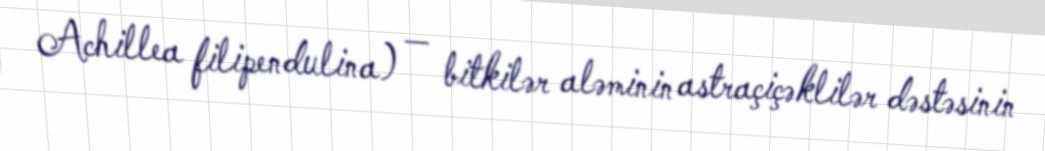
Achillea filipendulina) — bitkilər aləminin astraçiçəklilər dəstəsinin